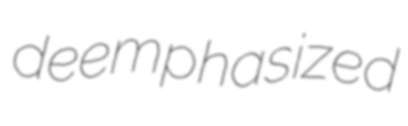
deemphasized